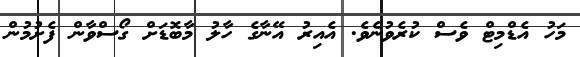
މަހު އެޑްމިޓް ވެސް ކުރެވުނެވެ. އެއިރު އޭނާގެ ހާލު މާބޮޑަށް ގޯސްވާން ފެށުމުން